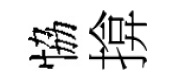
恊揜